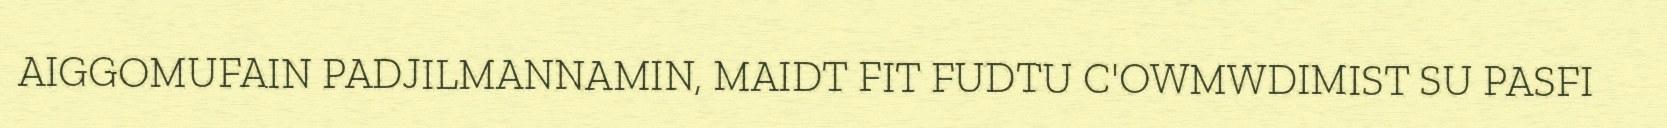
AIGGOMUFAIN PADJILMANNAMIN, MAIDT FIT FUDTU C'OWMWDIMIST SU PASFI